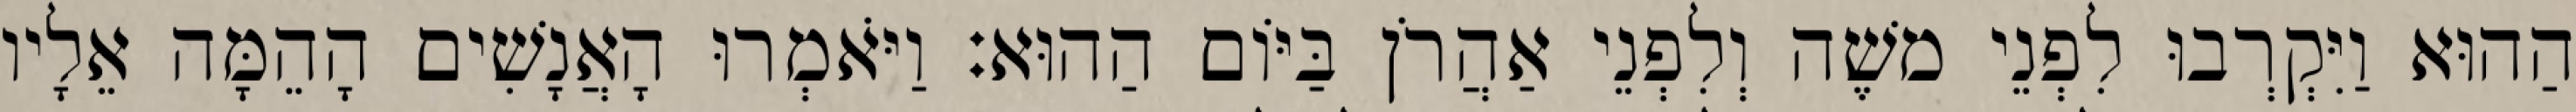
הַהוּא וַיִּקְרְבוּ לִפְנֵי משֶׁה וְלִפְנֵי אַהֲרֹן בַּיּוֹם הַהוּא׃ וַיֹּאמְרוּ הָאֲנָשִׁים הָהֵמָּה אֵלָיו